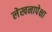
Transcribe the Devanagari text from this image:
लेखनापेक्षा